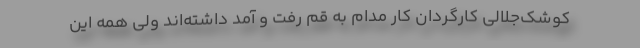
کوشک‌جلالی کارگردان کار مدام به قم رفت و آمد داشته‌اند ولی همه این